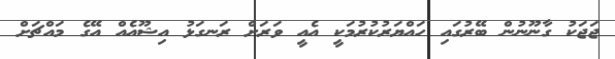
ޖަޖަކު ގާނޫނުން ބޭރުގައި ހައްޔަރުކުރުމަކީ އެއީ ވަރަށް ރަނގަޅު އިޝޫއެއް އޭގެ މައްޗަށް